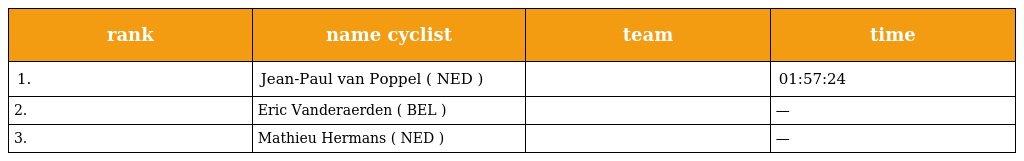
| rank | name cyclist | team | time |
 | --- | --- | --- | --- |
 | 1. | Jean-Paul van Poppel ( NED ) |  | 01:57:24 |
 | 2. | Eric Vanderaerden ( BEL ) |  | — |
 | 3. | Mathieu Hermans ( NED ) |  | — |